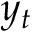
y _ { t }